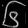
Digit: ၆